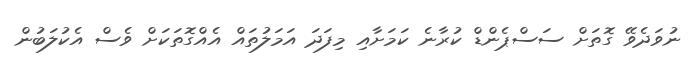
ނުވަދެވޭ ގޮތަށް ސަސްޕެންޑް ކުރާނެ ކަމަށާއި މިފަދަ އަމަލުތައް އެއްގޮތަކަށް ވެސް އެކުލަބުން